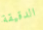
الدقيقة